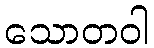
သောတဝါ